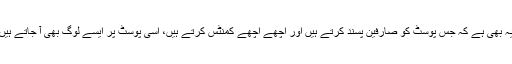
لیکن اس کا ایک منفی پہلو یہ بھی ہے کہ جس پوسٹ کو صارفین پسند کرتے ہیں اور اچھے اچھے کمنٹس کرتے ہیں، اسی پوسٹ پر ایسے لوگ بھی آ جاتے ہیں جو صرف تنقید کرتے ہیں۔